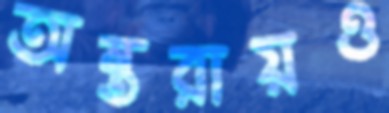
অন্তরায়ও